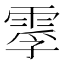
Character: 䨗